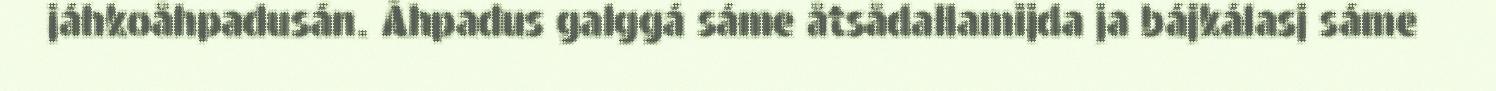
jáhkoåhpadusán. Åhpadus galggá sáme åtsådallamijda ja bájkálasj sáme